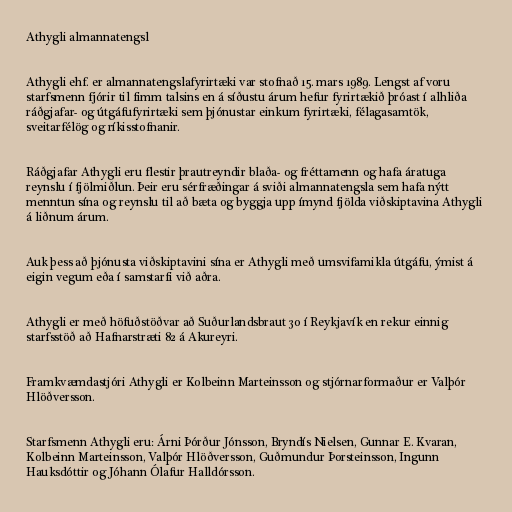
Athygli almannatengsl

Athygli ehf. er almannatengslafyrirtæki var stofnað 15. mars 1989. Lengst af voru
starfsmenn fjórir til fimm talsins en á síðustu árum hefur fyrirtækið þróast í alhliða
ráðgjafar- og útgáfufyrirtæki sem þjónustar einkum fyrirtæki, félagasamtök,
sveitarfélög og ríkisstofnanir.

Ráðgjafar Athygli eru flestir þrautreyndir blaða- og fréttamenn og hafa áratuga
reynslu í fjölmiðlun. Þeir eru sérfræðingar á sviði almannatengsla sem hafa nýtt
menntun sína og reynslu til að bæta og byggja upp ímynd fjölda viðskiptavina Athygli
á liðnum árum.

Auk þess að þjónusta viðskiptavini sína er Athygli með umsvifamikla útgáfu, ýmist á
eigin vegum eða í samstarfi við aðra.

Athygli er með höfuðstöðvar að Suðurlandsbraut 30 í Reykjavík en rekur einnig
starfsstöð að Hafnarstræti 82 á Akureyri.

Framkvæmdastjóri Athygli er Kolbeinn Marteinsson og stjórnarformaður er Valþór
Hlöðversson.

Starfsmenn Athygli eru: Árni Þórður Jónsson, Bryndís Nielsen, Gunnar E. Kvaran,
Kolbeinn Marteinsson, Valþór Hlöðversson, Guðmundur Þorsteinsson, Ingunn
Hauksdóttir og Jóhann Ólafur Halldórsson.